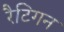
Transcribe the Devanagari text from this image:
रैटिगन